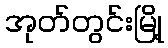
အုတ်တွင်းမြို့